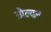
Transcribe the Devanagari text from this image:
ओल्ढन